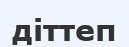
діттеп